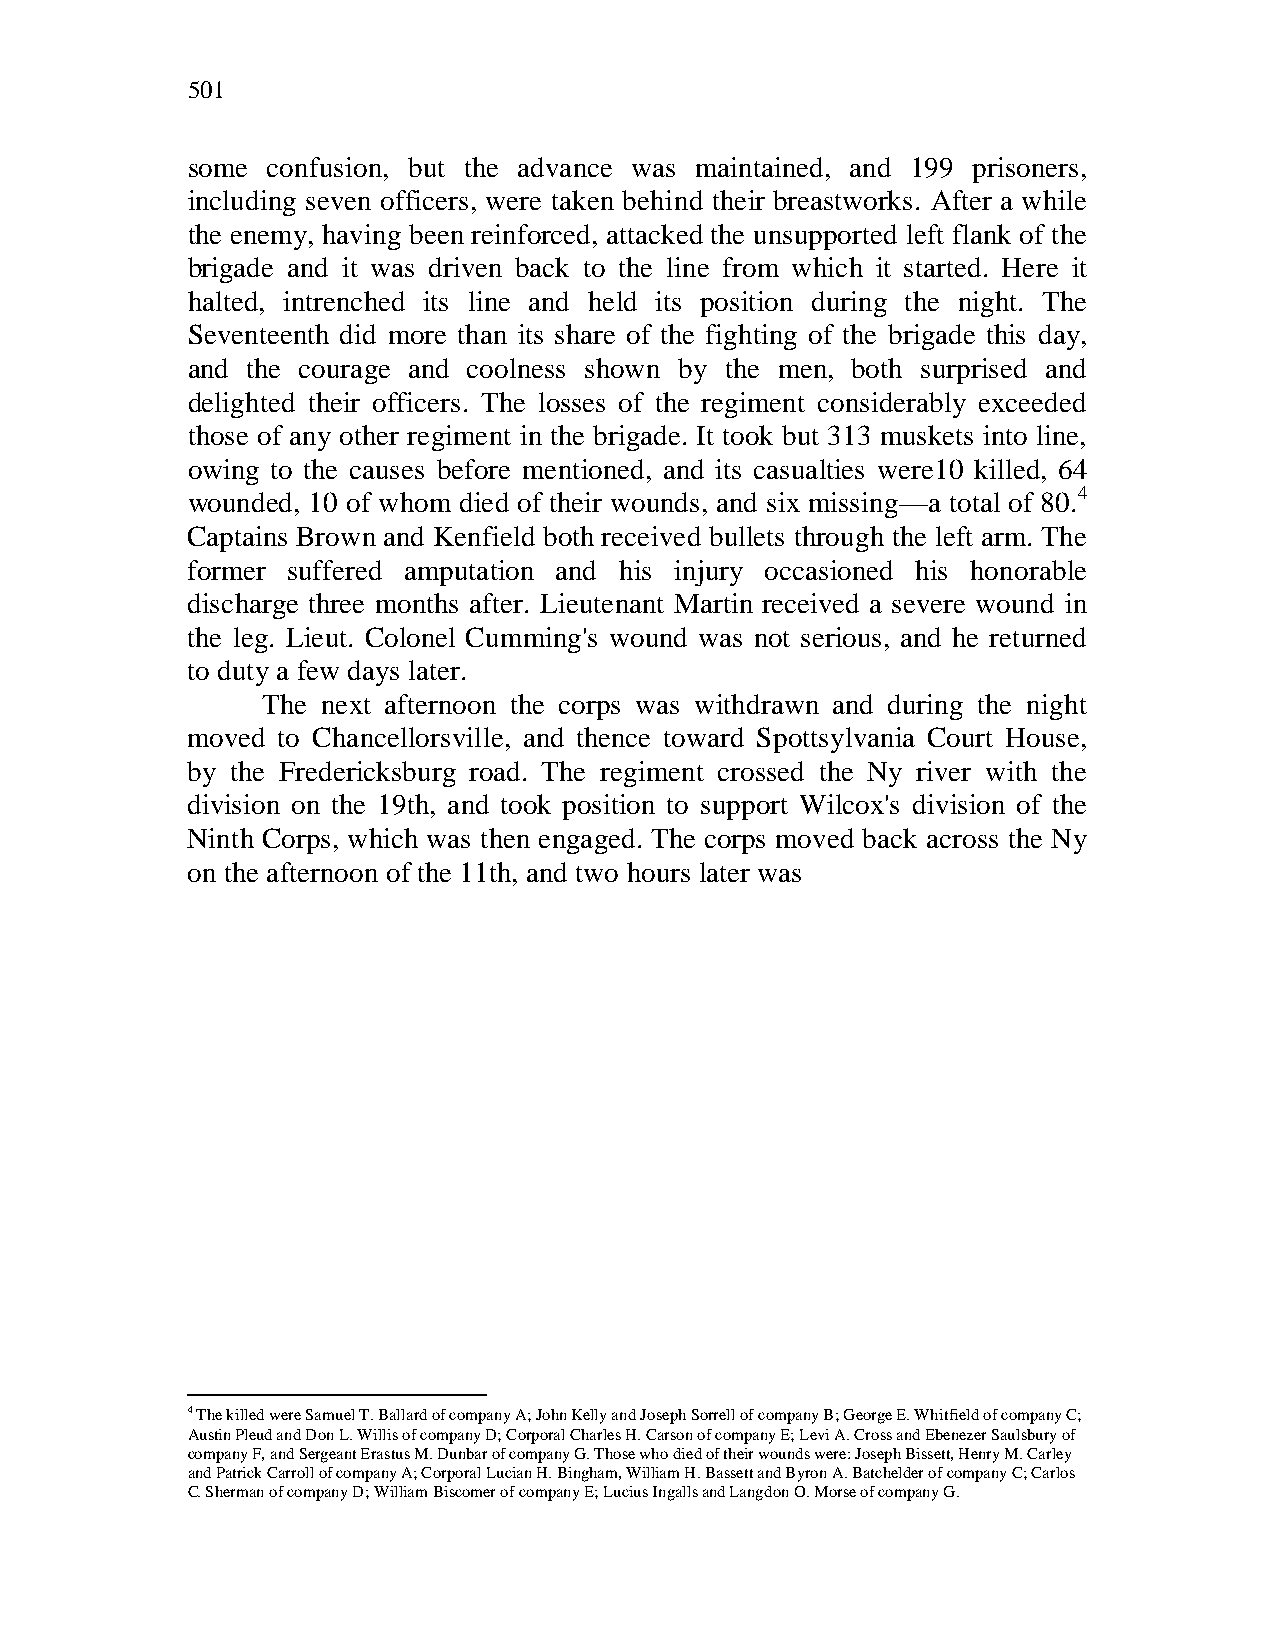
501
 some  confusion, but the advance was maintained, and 199 prisoners,
 including seven officers, were taken behind their breastworks. After a while
 the enemy, having been reinforced, attacked the unsupported left flank of the
 brigade and it was driven back to the line from which it started. Here it
 halted, intrenched its line and held its position during the night. The
 Seventeenth did more than its share of the fighting of the brigade this day,
 and the courage and coolness shown by the men, both surprised and
 delighted their officers. The losses of the regiment considerably exceeded
 those of any other regiment in the brigade. It took but 313 muskets into line,
 owing to the causes before mentioned, and its casualties were10 killed, 64
 wounded, 10 of whom died of their wounds, and six missing—a total of 80.4
 Captains Brown and Kenfield both received bullets through the left arm. The
 former suffered amputation and his injury occasioned his honorable
 discharge three months after. Lieutenant Martin received a severe wound in
 the leg. Lieut. Colonel Cumming's wound was not serious, and he returned
 to duty a few days later.
 The next afternoon the corps was withdrawn and during the night
 moved to Chancellorsville, and thence toward Spottsylvania Court House,
 by the Fredericksburg road. The regiment crossed the Ny river with the
 division on the 19th, and took position to support Wilcox's division of the
 Ninth Corps, which was then engaged. The corps moved back across the Ny
 on the afternoon of the 11th, and two hours later was
 4 The killed were Samuel T. Ballard of company A; John Kelly and Joseph Sorrell of company B; George E. Whitfield of company C;
 Austin Pleud and Don L. Willis of company D; Corporal Charles H. Carson of company E; Levi A. Cross and Ebenezer Saulsbury of
 company F, and Sergeant Erastus M. Dunbar of company G. Those who died of their wounds were: Joseph Bissett, Henry M. Carley
 and Patrick Carroll of company A; Corporal Lucian H. Bingham, William H. Bassett and Byron A. Batchelder of company C; Carlos
 C. Sherman of company D; William Biscomer of company E; Lucius Ingalls and Langdon O. Morse of company G.